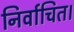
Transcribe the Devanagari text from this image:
निर्वाचित।